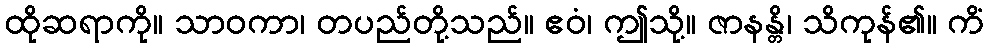
ထိုဆရာကို။ သာဝကာ၊ တပည်တို့သည်။ ဧဝံ၊ ဤသို့။ ဇာနန္တိ၊ သိကုန်၏။ ကိံ